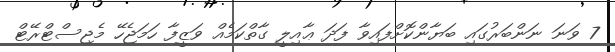
7 ވަނަ ނަންބަރުގައި ބަޔާންކޮށްފައިވާ ފަދަ ޢާއިލީ ގާތްކަމެއް ވަޒީފާ ހަމަޖެހޭ މެޖިސްޓްރޭޓް